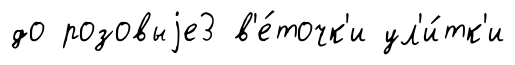
до розовыjе3 в'е́точк'и ул'и́тк'и